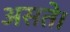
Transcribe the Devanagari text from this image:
असते।